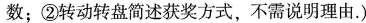
数；②转动转盘简述获奖方式，不需说明理由.)